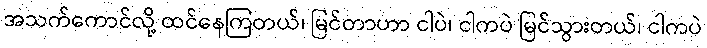
အသက်ကောင်လို့ ထင်နေကြတယ်၊ မြင်တာဟာ ငါပဲ၊ ငါကပဲ မြင်သွားတယ်၊ ငါကပဲ